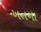
ખતના